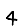
Digit: 4